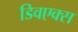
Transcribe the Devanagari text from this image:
डिवएक्स